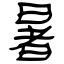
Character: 暑